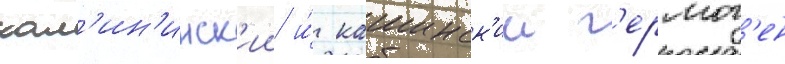
кал'ин'инск'ии и́ кашинск'ии г'ермог'ен